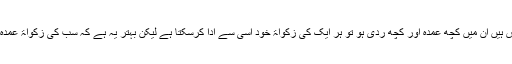
جو سونا اور چاندی اس کے پاس ہیں ان میں کچھ عمدہ اور کچھ ردی ہو تو ہر ایک کی زکواۃ خود اسی سے ادا کرسکتا ہے لیکن بہتر یہ ہے کہ سب کی زکواۃ عمدہ سونے یا چاندی سے اد ا کرے۔